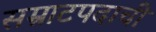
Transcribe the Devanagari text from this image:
सम्राटपदाची